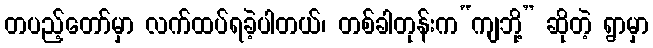
တပည့်တော်မှာ လက်ထပ်ရခဲ့ပါတယ်၊ တစ်ခါတုန်းက“ကျဘို့” ဆိုတဲ့ ရွာမှာ